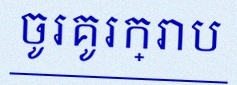
ចូរគូរក្រាប